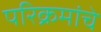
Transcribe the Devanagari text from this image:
परिक्रमांचे